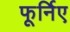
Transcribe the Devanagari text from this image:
फूर्निए